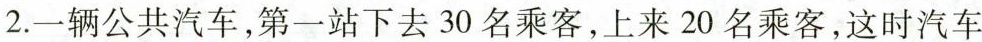
2.一辆公共汽车，第一站下去30名乘客，上来20名乘客，这时汽车